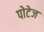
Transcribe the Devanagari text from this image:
पोटेज